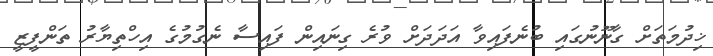
ޚިިދުމަތަށް ގާނޫނުގައި ބުނެފައިވާ އަދަދަށް ވުރެ ގިނައިން ފައިސާ ނެގުމުގެ އިހްތިޔާރު ތަންފީޒީ